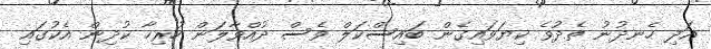
އަދި ހެނދުނު ތެދުވެ ކިޔަވައިގެން ބައިސްކަލް ވެސް ދުއްވާލަން ހުރިހާ ކުދިން އެކުގައި